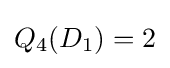
Q_{4}(D_{1})=2